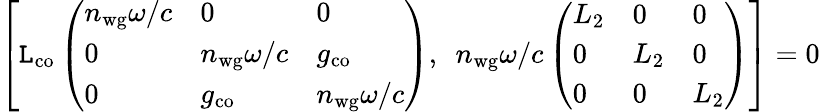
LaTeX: \left[\mathtt{L}_{\mathrm{{co}}}\left(\begin{array}{lll}{n_{\mathrm{wg}}\omega/c}&{0}&{0}\\ {0}&{n_{\mathrm{wg}}\omega/c}&{g_{\mathrm{co}}}\\ {0}&{g_{\mathrm{co}}}&{n_{\mathrm{wg}}\omega/c}\end{array}\right),\ \ n_{\mathrm{{wg}}}\omega/c\left(\begin{array}{lll}{L_{\mathrm{2}}}&{0}&{0}\\ {0}&{L_{\mathrm{2}}}&{0}\\ {0}&{0}&{L_{\mathrm{2}}}\end{array}\right)\right]=0